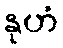
နုဟံ